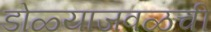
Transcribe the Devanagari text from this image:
डोळ्याजवळची